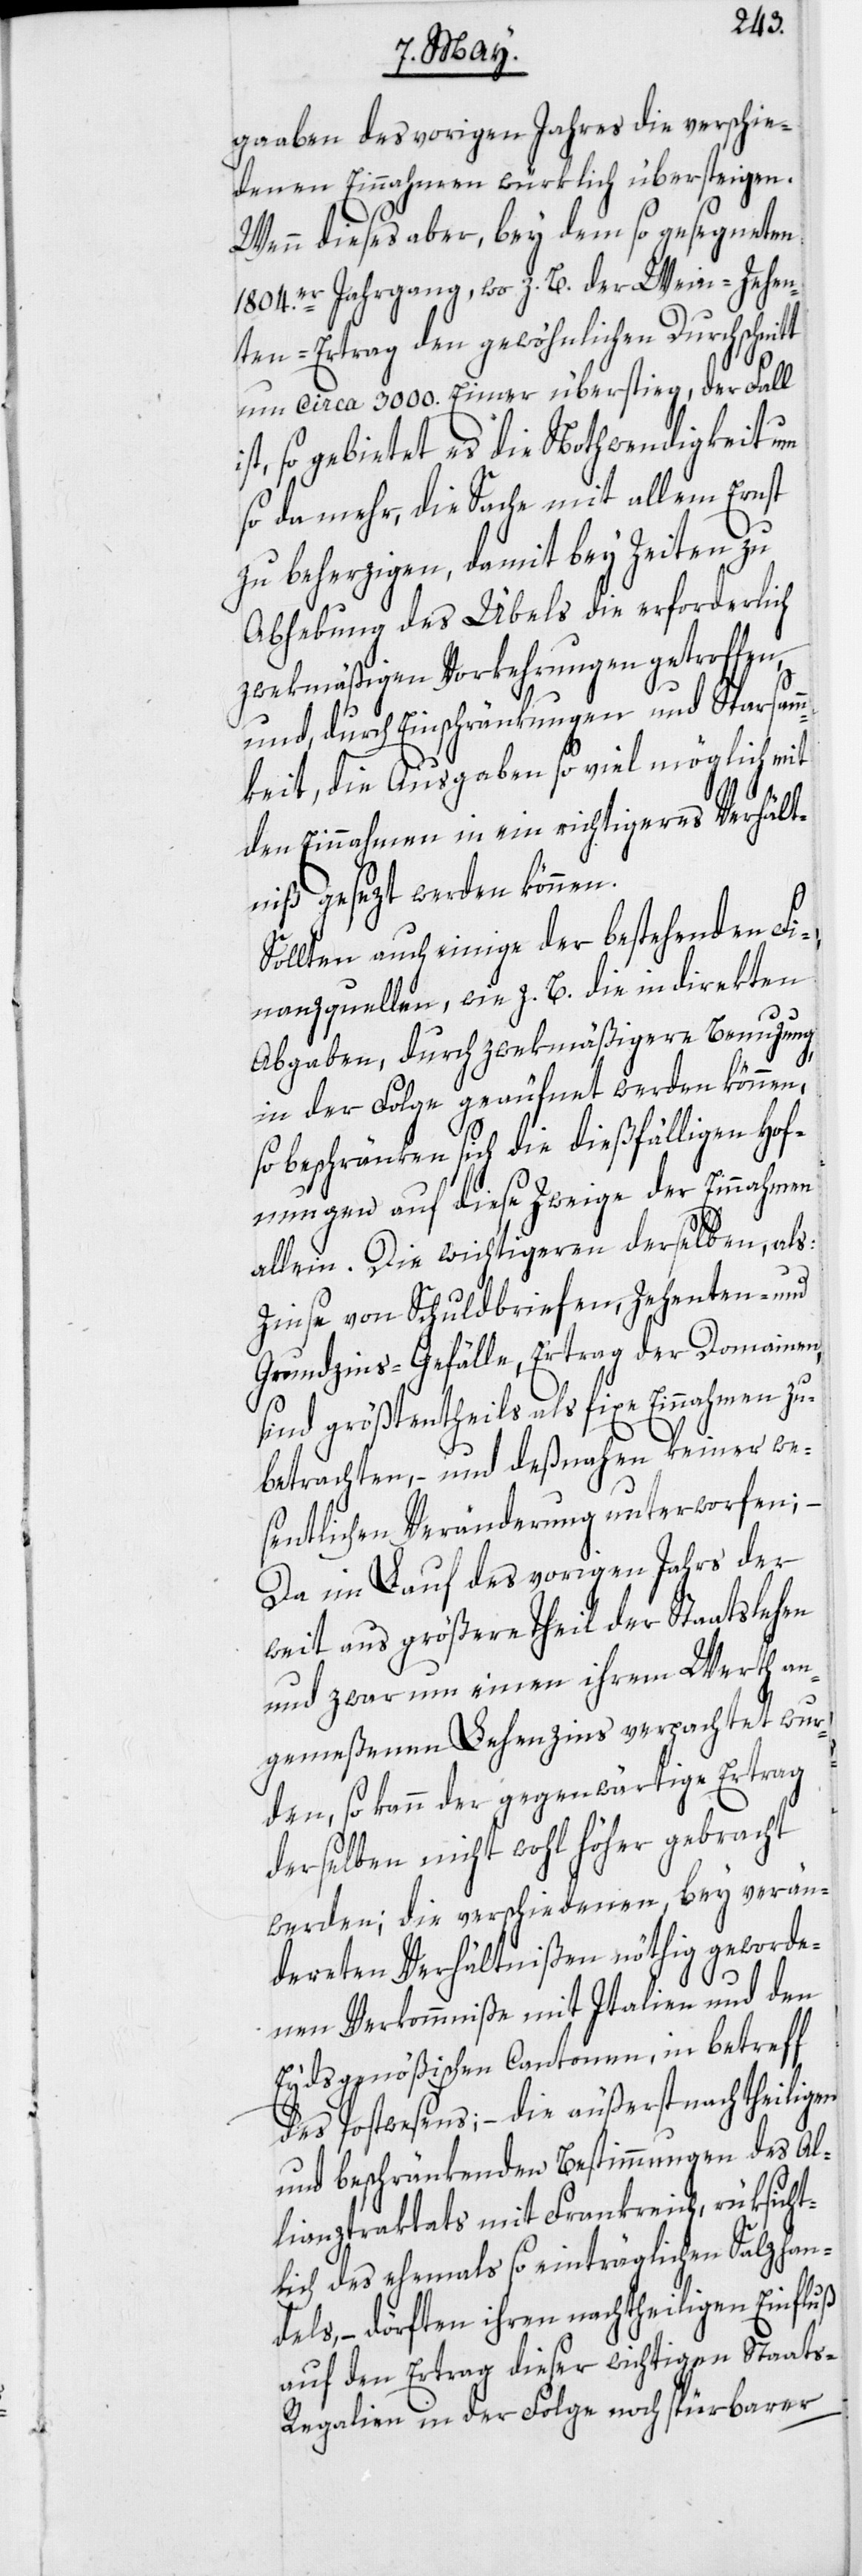
gaaben des vorigen Jahres die verschie¬
denen Einnahmen würklich übersteigen.
Wenn dieses aber, bey dem so gesegneten
1804.er Jahrgang, wo z. B. der Wein-Zehen¬
ten-Ertrag den gewöhnlichen Durchschn¬
um circa 3000. Eimer überstieg, der Fall
ist, so gebietet es die Nothwendigkeit um
so da mehr, die Sache mit allem Ernst
zu beherzigen, damit bey Zeiten zu
Abhebung des Übels die erforderlich
zwekmäßigen Vorkehrungen getroffen,
und, durch Einschränkungen und Sparsam¬
mkeit, die Ausgaben so viel möglich mit
den Einnahmen in ein richtigeres Verhält¬
niß gesezt werden können.
itt
Sollten auch einige der bestehenden Fi¬
nanzquellen, wie z. B. die indirekten
Abgaben, durch zwekmäßigere Benuzung,
in der Folge geäufnet werden können,
so beschränken sich die dießfälligen Hof¬
fnungen auf diese Zweige der Einnahmen
allein. Die wichtigeren derselben, als:
Zinse von Schuldbriefen, Zehenten- und
Grundzins-Gefälle, Ertrag der Domainen,
sind größtentheils als fixe Einnahmen zu
betrachten, – und deßnahen keiner we¬
sentlichen Veränderung unterworfen;
Da im Lauf des vorigen Jahrs der
weit aus größere Theil der Staatslehen
und zwar um einen ihrem Werth an¬
gemeßenen Lehenzins verpachtet wur¬
den, so kann der gegenwärtige Ertrag
derselben nicht wohl höher gebracht
werden; die verschiedenen, bey verän¬
dereten Verhältnißen nöthig geworde¬
nen Verkommniße mit Italien und den
Eydsgenößischen Cantonen, in betreff
des Postwesens; – die äußerst nachtheiligen
und beschränkenden Bestimmungen des Al¬
lianztraktats mit Frankreich, rüksicht¬
lich des ehemals so einträglichen Salzhan¬
dels, – dörften ihren nachtheiligen Einfluß
auf den Ertrag dieser wichtigen Staats-R¬
egalien in der Folge noch spürbarer